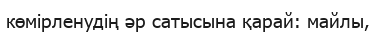
көмірленудің әр сатысына қарай: майлы,